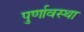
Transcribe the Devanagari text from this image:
पुर्णावस्था